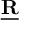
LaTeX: \underline { { \mathbf { R } } }